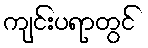
ကျင်းပရာတွင်